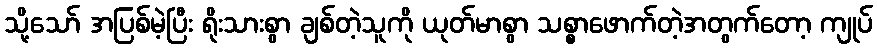
သို့သော် အပြစ်မဲ့ပြီး ရိုးသားစွာ ချစ်တဲ့သူကို ယုတ်မာစွာ သစ္စာဖောက်တဲ့အတွက်တော့ ကျုပ်